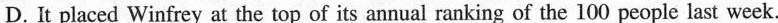
D. It placed Winfrey at the top of its annual ranking of the 100 people last week.